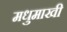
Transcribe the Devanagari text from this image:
मधुमाखी